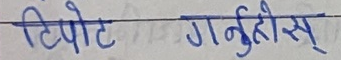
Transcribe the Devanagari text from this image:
टिप्पोट गर्नुहोस्